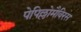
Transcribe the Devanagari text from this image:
पेपिल्लोमैविरस